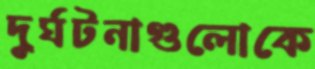
দুর্ঘটনাগুলোকে